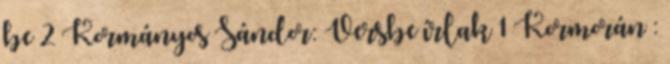
be 2 Kormányos Sándor: Versbe írlak 1 Kormorán :